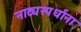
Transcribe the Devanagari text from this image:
नाट्यस्पर्धांना